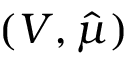
( V , \hat { \mu } )